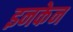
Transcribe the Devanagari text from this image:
इनकेन